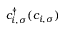
c _ { i , \sigma } ^ { \dag } ( c _ { i , \sigma } )